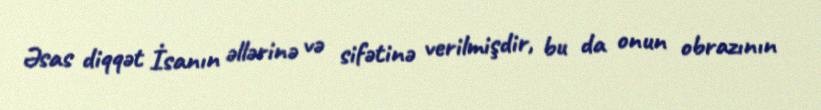
Əsas diqqət İsanın əllərinə və sifətinə verilmişdir, bu da onun obrazının